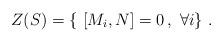
LaTeX: \begin{align*}Z(S)=\{\ [M_i,N]=0\,,\ \forall i\}\ .\end{align*}